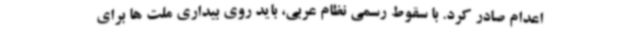
اعدام صادر کرد. با سقوط رسمی نظام عربی، باید روی بیداری ملت ها برای